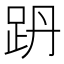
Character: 𧿜